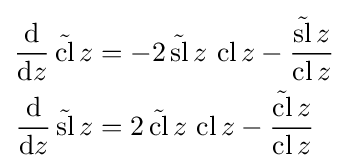
{\begin{aligned}{\frac {\mathrm {d} }{\mathrm {d} z}}\,{\tilde {\operatorname {cl} }}\,z&=-2\,{\tilde {\operatorname {sl} }}\,z\,\operatorname {cl} z-{\frac {{\tilde {\operatorname {sl} }}\,z}{\operatorname {cl} z}}\\{\frac {\mathrm {d} }{\mathrm {d} z}}\,{\tilde {\operatorname {sl} }}\,z&=2\,{\tilde {\operatorname {cl} }}\,z\,\operatorname {cl} z-{\frac {{\tilde {\operatorname {cl} }}\,z}{\operatorname {cl} z}}\end{aligned}}